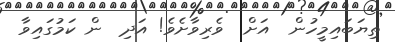
ތިޔަބައިމީހުން  އަށް  ވެރިވާށެވެ! އަދި  ން ކަމުގައިވާ